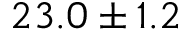
2 3 . 0 \pm 1 . 2